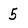
Character: 5